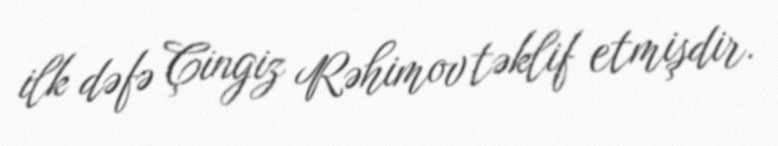
ilk dəfə Çingiz Rəhimov təklif etmişdir.